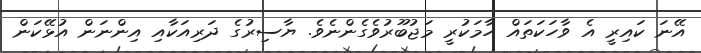
އޭނަ ކައިރީ އެ ވާހަކަތައް ހާމަކުރީ މަޖުބޫރުވެގެންނެވެ. ޔާސިރުގެ ދަރިއަކާއި އިންނަން އުޅޭކަން